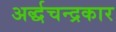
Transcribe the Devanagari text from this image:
अर्द्धचन्द्रकार